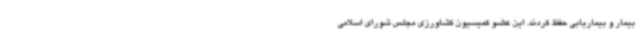
بیمار و بیماریابی حفظ کردند. این عضو کمیسیون کشاورزی مجلس شورای اسلامی